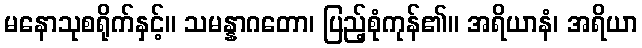
မနောသုစရိုက်နှင့်။ သမန္နာဂတော၊ ပြည့်စုံကုန်၏။ အရိယာနံ၊ အရိယာ